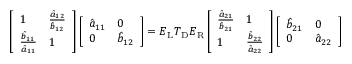
\left[ \begin{array} { l l } { 1 } & { \frac { \hat { a } _ { 1 2 } } { \hat { b } _ { 1 2 } } } \\ { \frac { \hat { b } _ { 1 1 } } { \hat { a } _ { 1 1 } } } & { 1 } \end{array} \right] \left[ \begin{array} { l l } { \hat { a } _ { 1 1 } } & { 0 } \\ { 0 } & { \hat { b } _ { 1 2 } } \end{array} \right] = \boldsymbol { E } _ { \mathrm { L } } \boldsymbol { T } _ { \mathrm { D } } \boldsymbol { E } _ { \mathrm { R } } \left[ \begin{array} { l l } { \frac { \hat { a } _ { 2 1 } } { \hat { b } _ { 2 1 } } } & { 1 } \\ { 1 } & { \frac { \hat { b } _ { 2 2 } } { \hat { a } _ { 2 2 } } } \end{array} \right] \left[ \begin{array} { l l } { \hat { b } _ { 2 1 } } & { 0 } \\ { 0 } & { \hat { a } _ { 2 2 } } \end{array} \right]